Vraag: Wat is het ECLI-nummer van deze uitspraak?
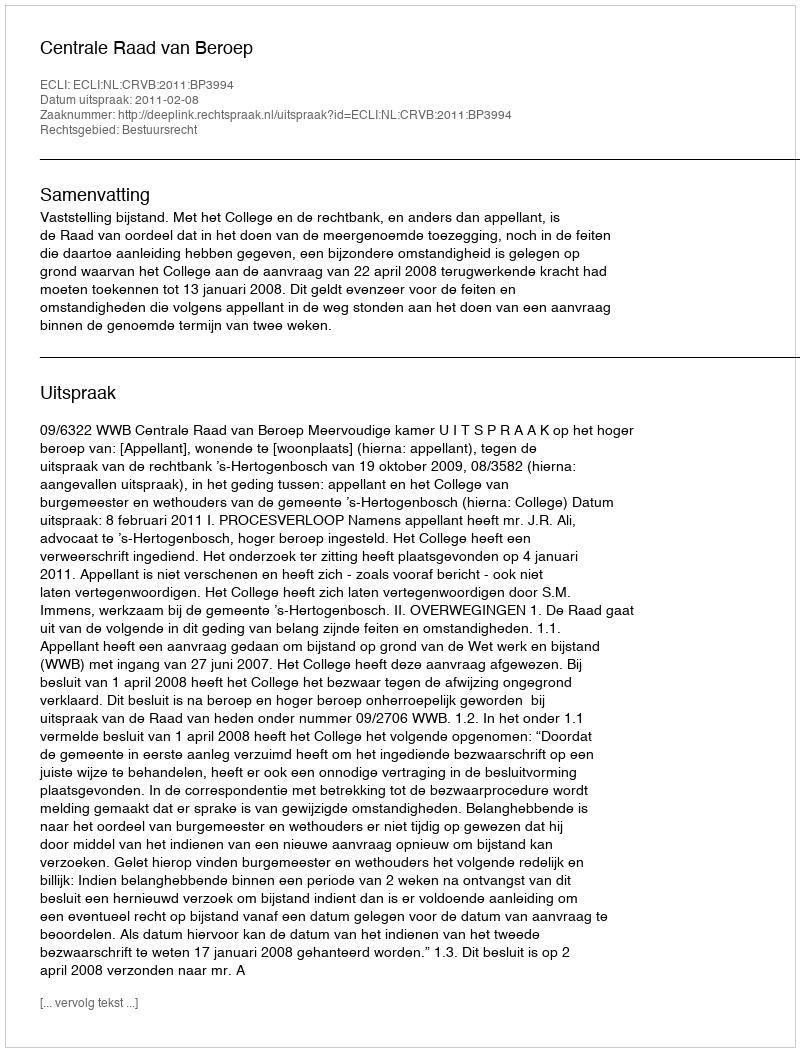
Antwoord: ECLI:NL:CRVB:2011:BP3994